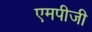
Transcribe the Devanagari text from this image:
एमपीजी